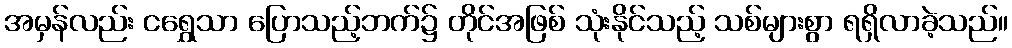
အမှန်လည်း ငရွှေသာ ပြောသည့်ဘက်၌ တိုင်အဖြစ် သုံးနိုင်သည့် သစ်များစွာ ရရှိလာခဲ့သည်။